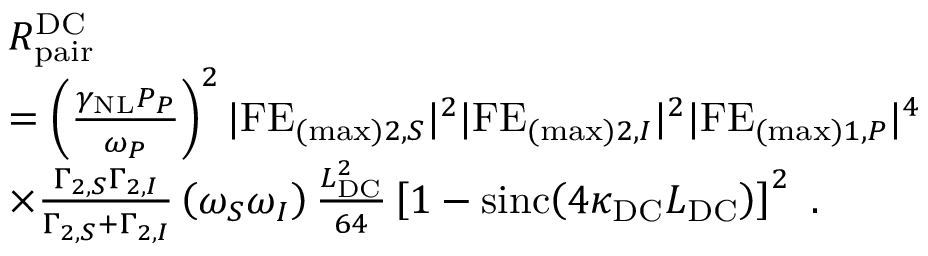
\begin{array} { r l } & { R _ { \mathrm { p a i r } } ^ { \mathrm { D C } } } \\ & { = \left( \frac { \gamma _ { \mathrm { N L } } P _ { P } } { \omega _ { P } } \right) ^ { 2 } | \mathrm { F E } _ { ( \mathrm { m a x } ) 2 , S } | ^ { 2 } | \mathrm { F E } _ { ( \mathrm { m a x } ) 2 , I } | ^ { 2 } | \mathrm { F E } _ { ( \mathrm { m a x } ) 1 , P } | ^ { 4 } } \\ & { \times \frac { \Gamma _ { 2 , S } \Gamma _ { 2 , I } } { \Gamma _ { 2 , S } + \Gamma _ { 2 , I } } \left( \omega _ { S } \omega _ { I } \right) \frac { L _ { \mathrm { D C } } ^ { 2 } } { 6 4 } \left[ 1 - \mathrm { s i n c } \! \left( 4 \kappa _ { \mathrm { D C } } L _ { \mathrm { D C } } \right) \right] ^ { 2 } \ . } \end{array}